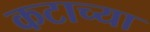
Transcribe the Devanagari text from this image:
कटाच्या